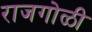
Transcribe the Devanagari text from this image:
राजगोळी